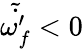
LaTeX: \tilde{\dot{\omega_{f}^{\prime}}}<0